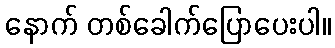
နောက် တစ်ခေါက်ပြောပေးပါ။